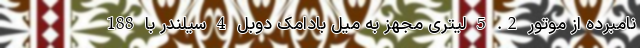
نامبرده از موتور 2. 5 لیتری مجهز به میل بادامک دوبل 4 سیلندر با 188